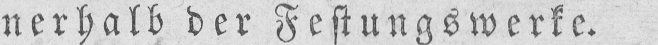
nerhalb der Festungswerke.